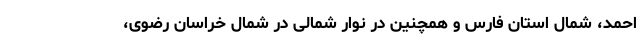
احمد، شمال استان فارس و همچنین در نوار شمالی در شمال خراسان رضوی،